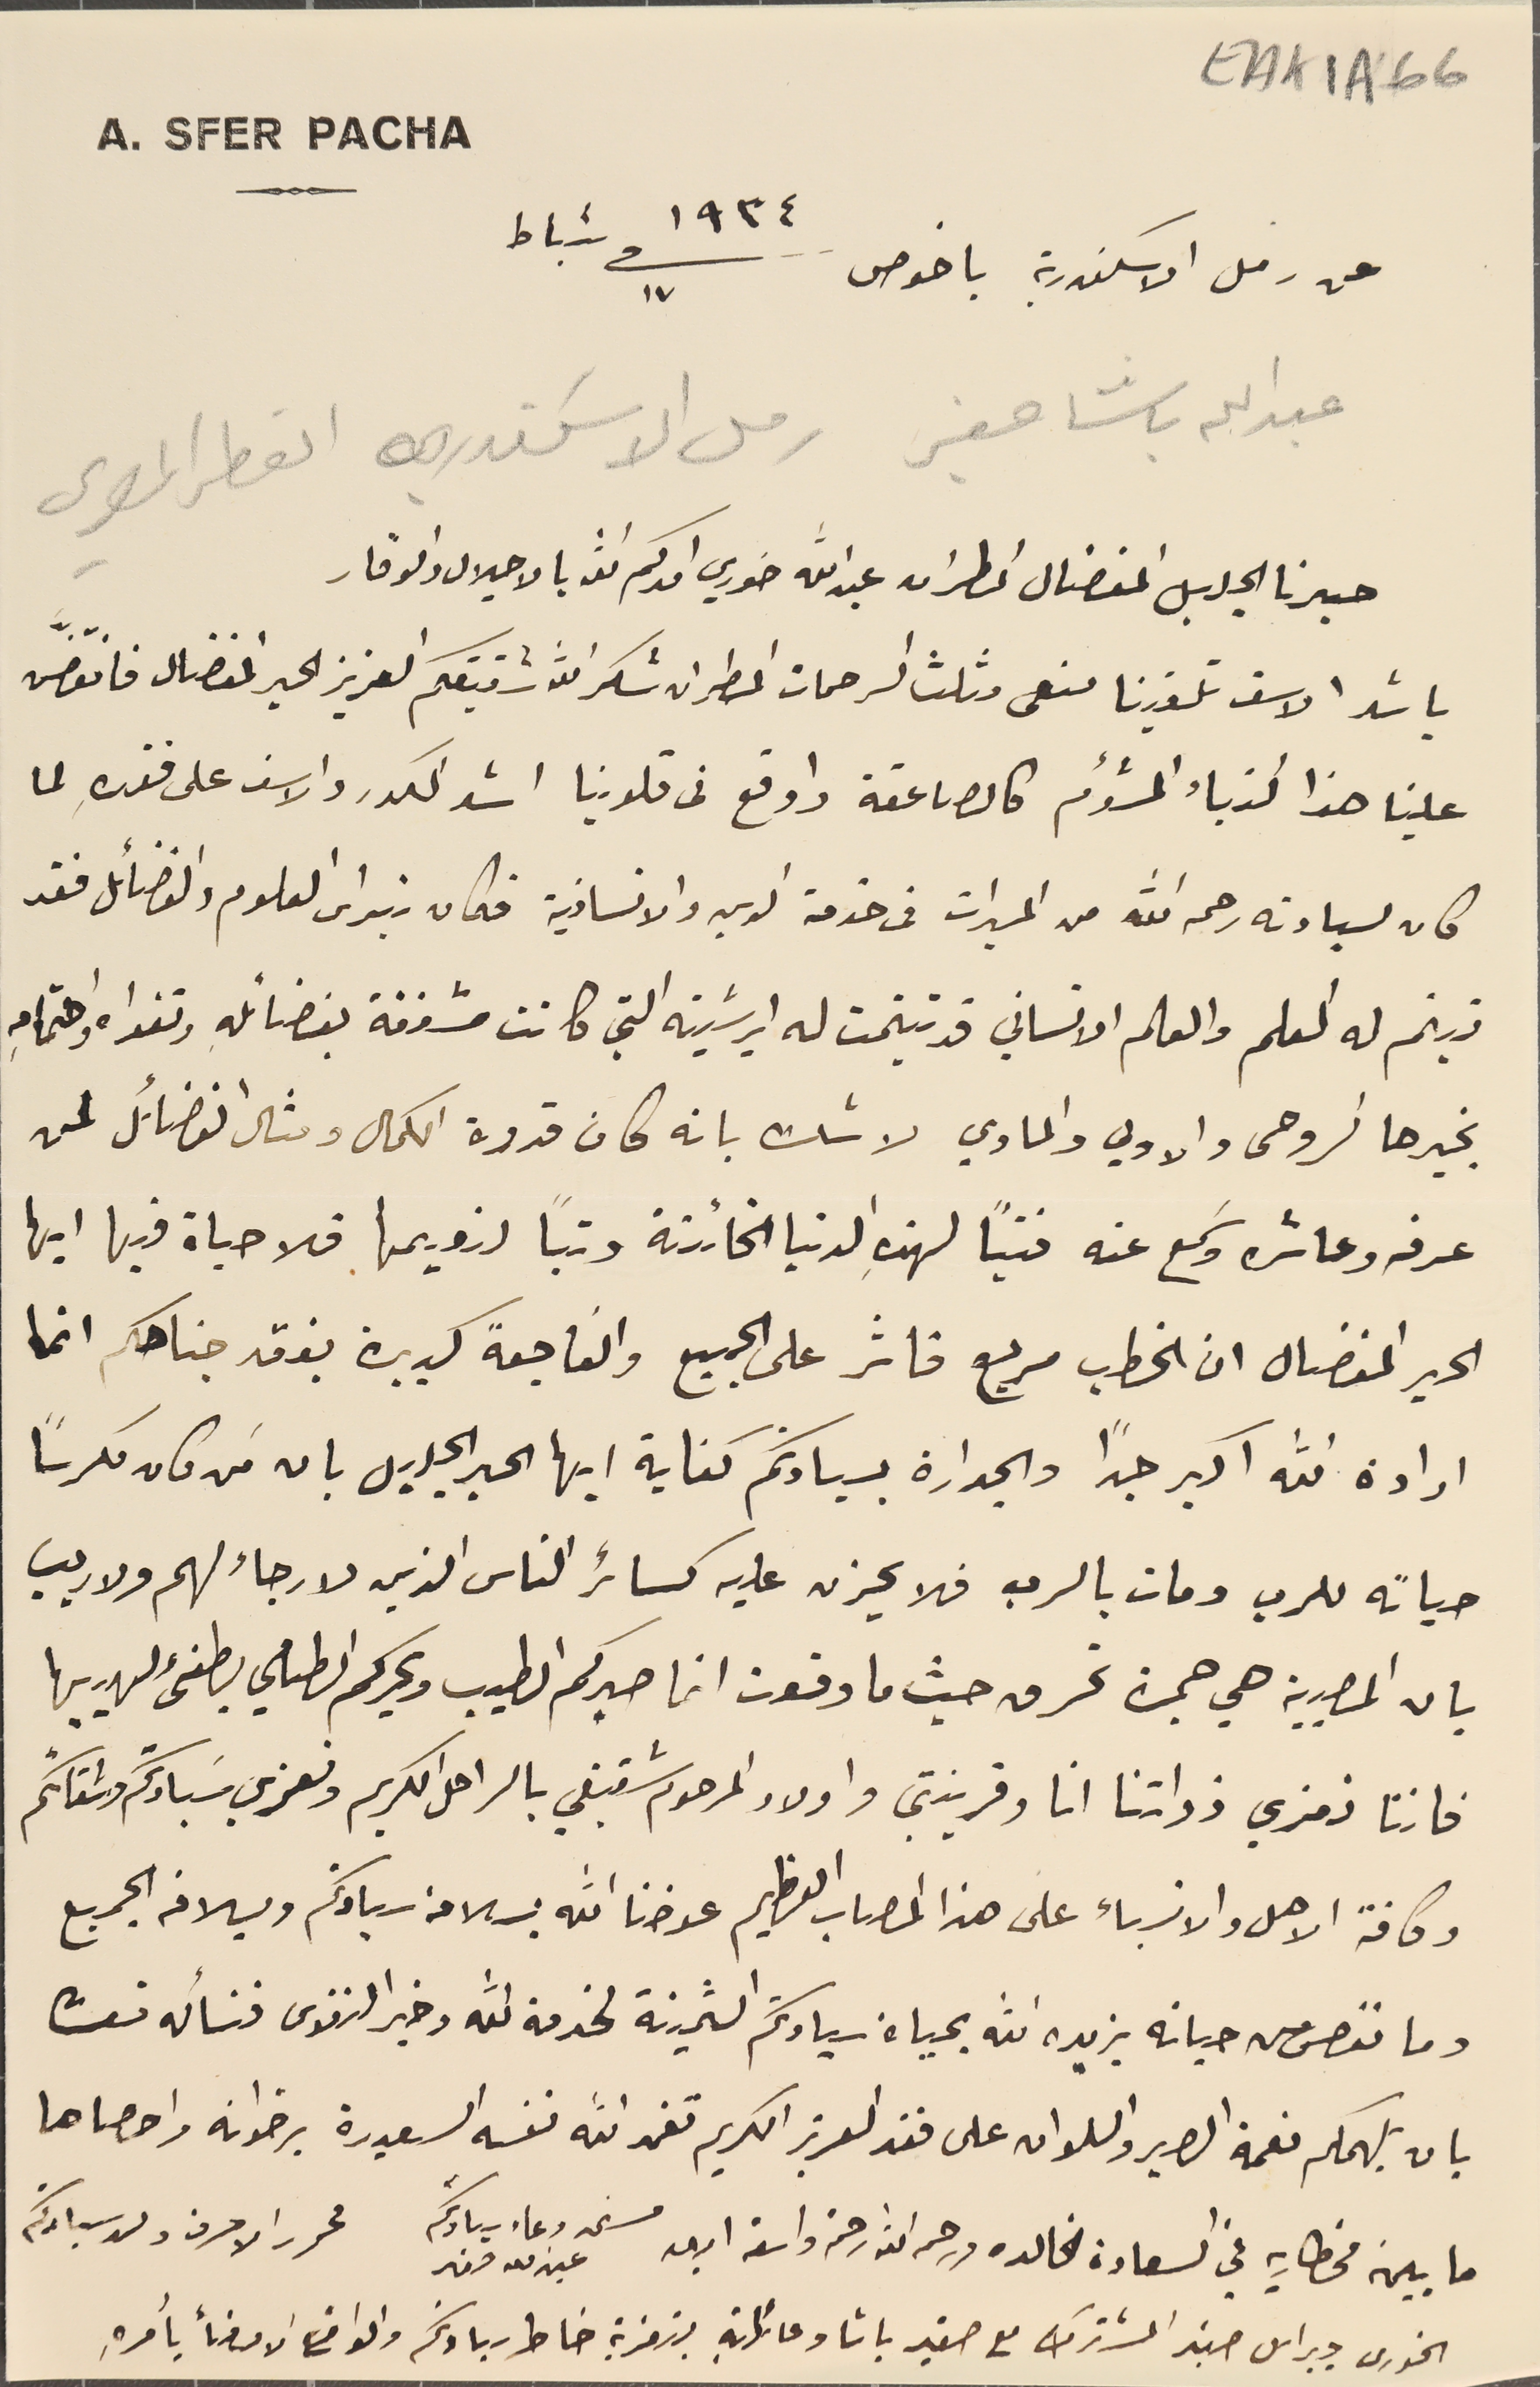
EAK1A-66
A. SFER PACHA
عن رمل الاسكندرية باخوص سنة ١٩٣٤ فى ١٧ شباط
عبدالله باشا صفير رمل الاسكندريه القطر المصري
 حبرنا الجليل المفضال المطران عبدالله خوري امدكم الله بالاجلال والوقار
باشد الاسف تلقينا منعى مثلث الرحمات المطران شكر الله شقيقكم العزيز الحبر المفضال فانقضّ
علينا هذا النباء المشؤم كالصاعقة واوقع فى قلوبنا اشد الكدر والاسف على فقدهِ لما
كان لسيادته رحمه الله من المبرات فى خدمة الدين والانسانية فكان نبراس العلوم والفضائل فقد
تيتم له العلم والعالم الانساني قد تيتمت له ابرشيته التي كانت مشغفة بفضائله وتقواه واهتمامهِ
بخيرها الروحى والاولي والمادي لا شك بانه كان قدوة الكمال ومثال الفضائل لمن
عرفه وعاشره وسَمع عنه فتياً لهذهِ الدنيا الخائنة وتباً لنعيمها فلا حياة فيها ايها
الحبر المفضال ان الخطب مريع فاثر على الجميع والفاجعة كبيرة بفقد جناحكم انما
ارادة الله اكبر جدًا والجدارة بسيادتكم كفاية ايها الحبر الجليل بان مَن كان مكرساً
حياته للرب ومات بالرب فلا يحزن عليه كسائر الناس الذين لا رجاء لهم ولا ريب
بان المصيبة هي جمرة تحرق حيث ما وقعت انما صبركم الطيب وبحركم الطامي يطفىء لهيبها
فاننا نعزي ذواتنا انا وقرينتي واولاد المرحوم شقيقي بالراحل الكريم ونعزي سَيادتكم واشقائكم
وكافة الاهل والانسباء على هذا المصاب العظيم عوضنا الله بسلامة سيادتكم وبلاغه الجميع
وما نقص من حياته يزيده الله بحياة سيادتكم الثمينة لخدمة الله وخير النفوس فنسأله تعالى
بان يلهمكم نعمة الصبر والسلوان على فقد العريز الكريم تغمد الله نفسَه السعيدة برضوانه واحصاها
ما بين مخطاريه في السعادة الخالده ورحمه الله رحمة واسعة ابدىه مستمد دعاء سيادتكم محرر الاحرف ولد سيادتكم
الخورى جبراىل صفير المشترك مع صفير باشا وعائلتهِ بتعزية خاطر سيادتكم والواضع الامضأ بأمرهِ
عبدالله صفير